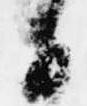
白